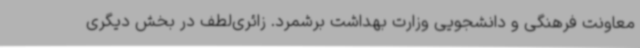
معاونت فرهنگی و دانشجویی وزارت بهداشت برشمرد. زائری‌لطف در بخش دیگری